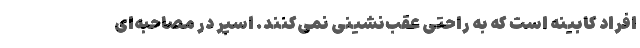
افراد کابینه است که به راحتی عقب‌نشینی نمی‌کنند. اسپر در مصاحبه‌ای